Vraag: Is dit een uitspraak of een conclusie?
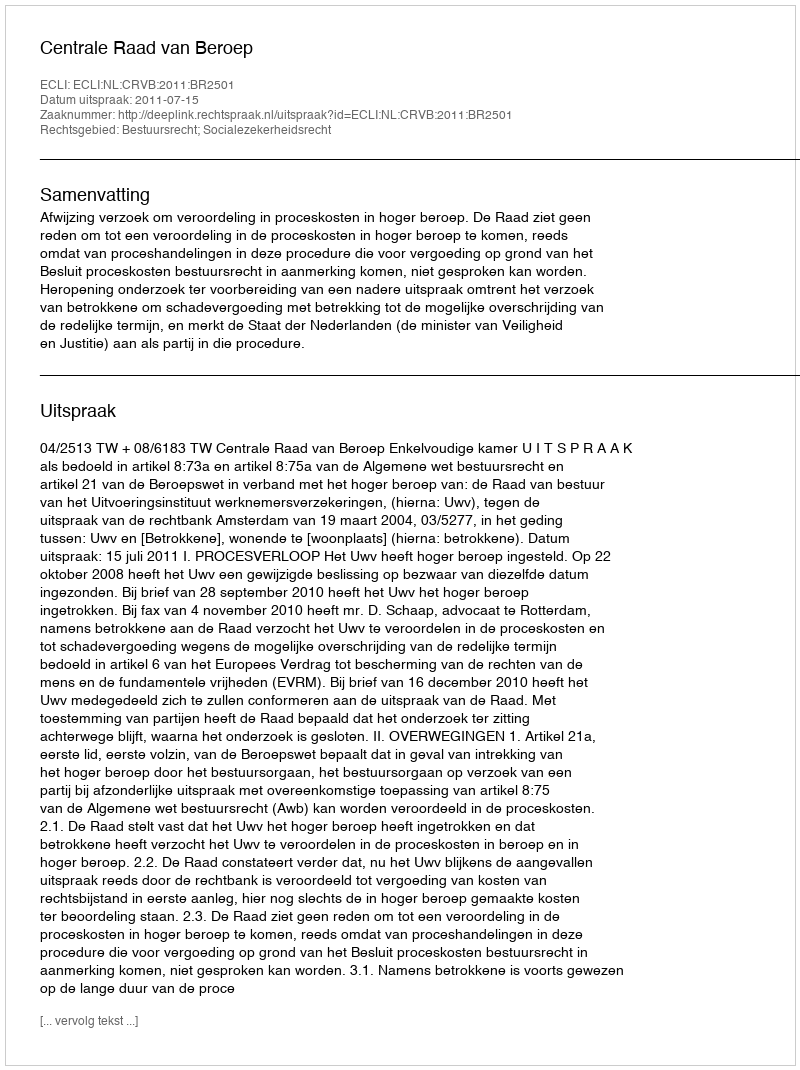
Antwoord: Uitspraak